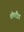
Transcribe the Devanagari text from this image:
शॅण्टॅऱेड